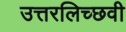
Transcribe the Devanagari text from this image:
उत्तरलिच्छवी